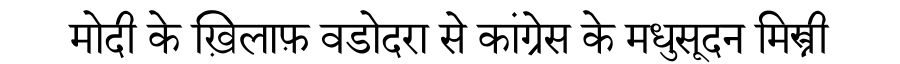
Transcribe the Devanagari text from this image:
मोदी के ख़िलाफ़ वडोदरा से कांग्रेस के मधुसूदन मिस्त्री